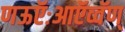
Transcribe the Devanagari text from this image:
णऊऍःआऍव्वॅण्